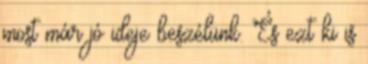
most már jó ideje beszélünk. És ezt ki is